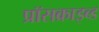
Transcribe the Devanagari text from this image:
प्रॉसक्राइब्ड